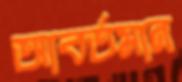
আবর্তমান